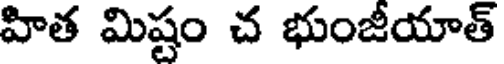
హిత మిష్టం చ భుంజీయాత్